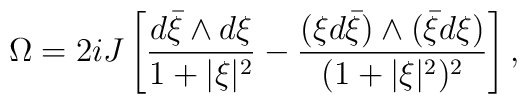
\Omega=2iJ\left[\frac{d{\bar\xi}\wedge d\xi}{1+\vert\xi\vert^2}-\frac{( \xi d{\bar\xi})\wedge({\bar\xi}d\xi)}{(1+\vert\xi\vert^2)^2}\right],